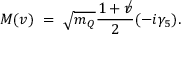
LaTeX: M ( v ) \; = \; \sqrt { m _ { Q } } \frac { 1 + \not v } { 2 } ( - i \gamma _ { 5 } ) .